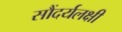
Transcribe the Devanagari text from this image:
सौंदर्यलक्षी